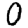
Digit: 0